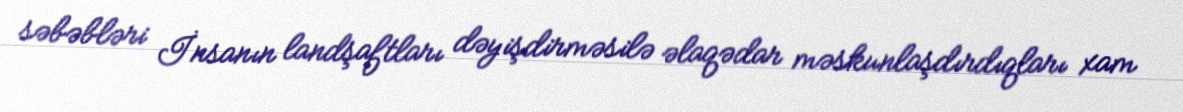
səbəbləri İnsanın landşaftları dəyişdirməsilə əlaqədar məskunlaşdırdıqları xam